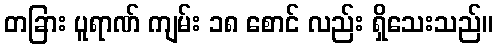
တခြား ပူရာဏ် ကျမ်း ၁၈ စောင် လည်း ရှိသေးသည်။